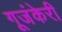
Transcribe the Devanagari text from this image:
गूजंकेरी